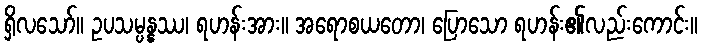
ရှိလသော်။ ဥပသမ္ပန္နဿ၊ ရဟန်းအား။ အရောစယတော၊ ပြောသော ရဟန်း၏လည်းကောင်း။